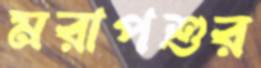
মরাপশুর